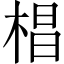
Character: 椙